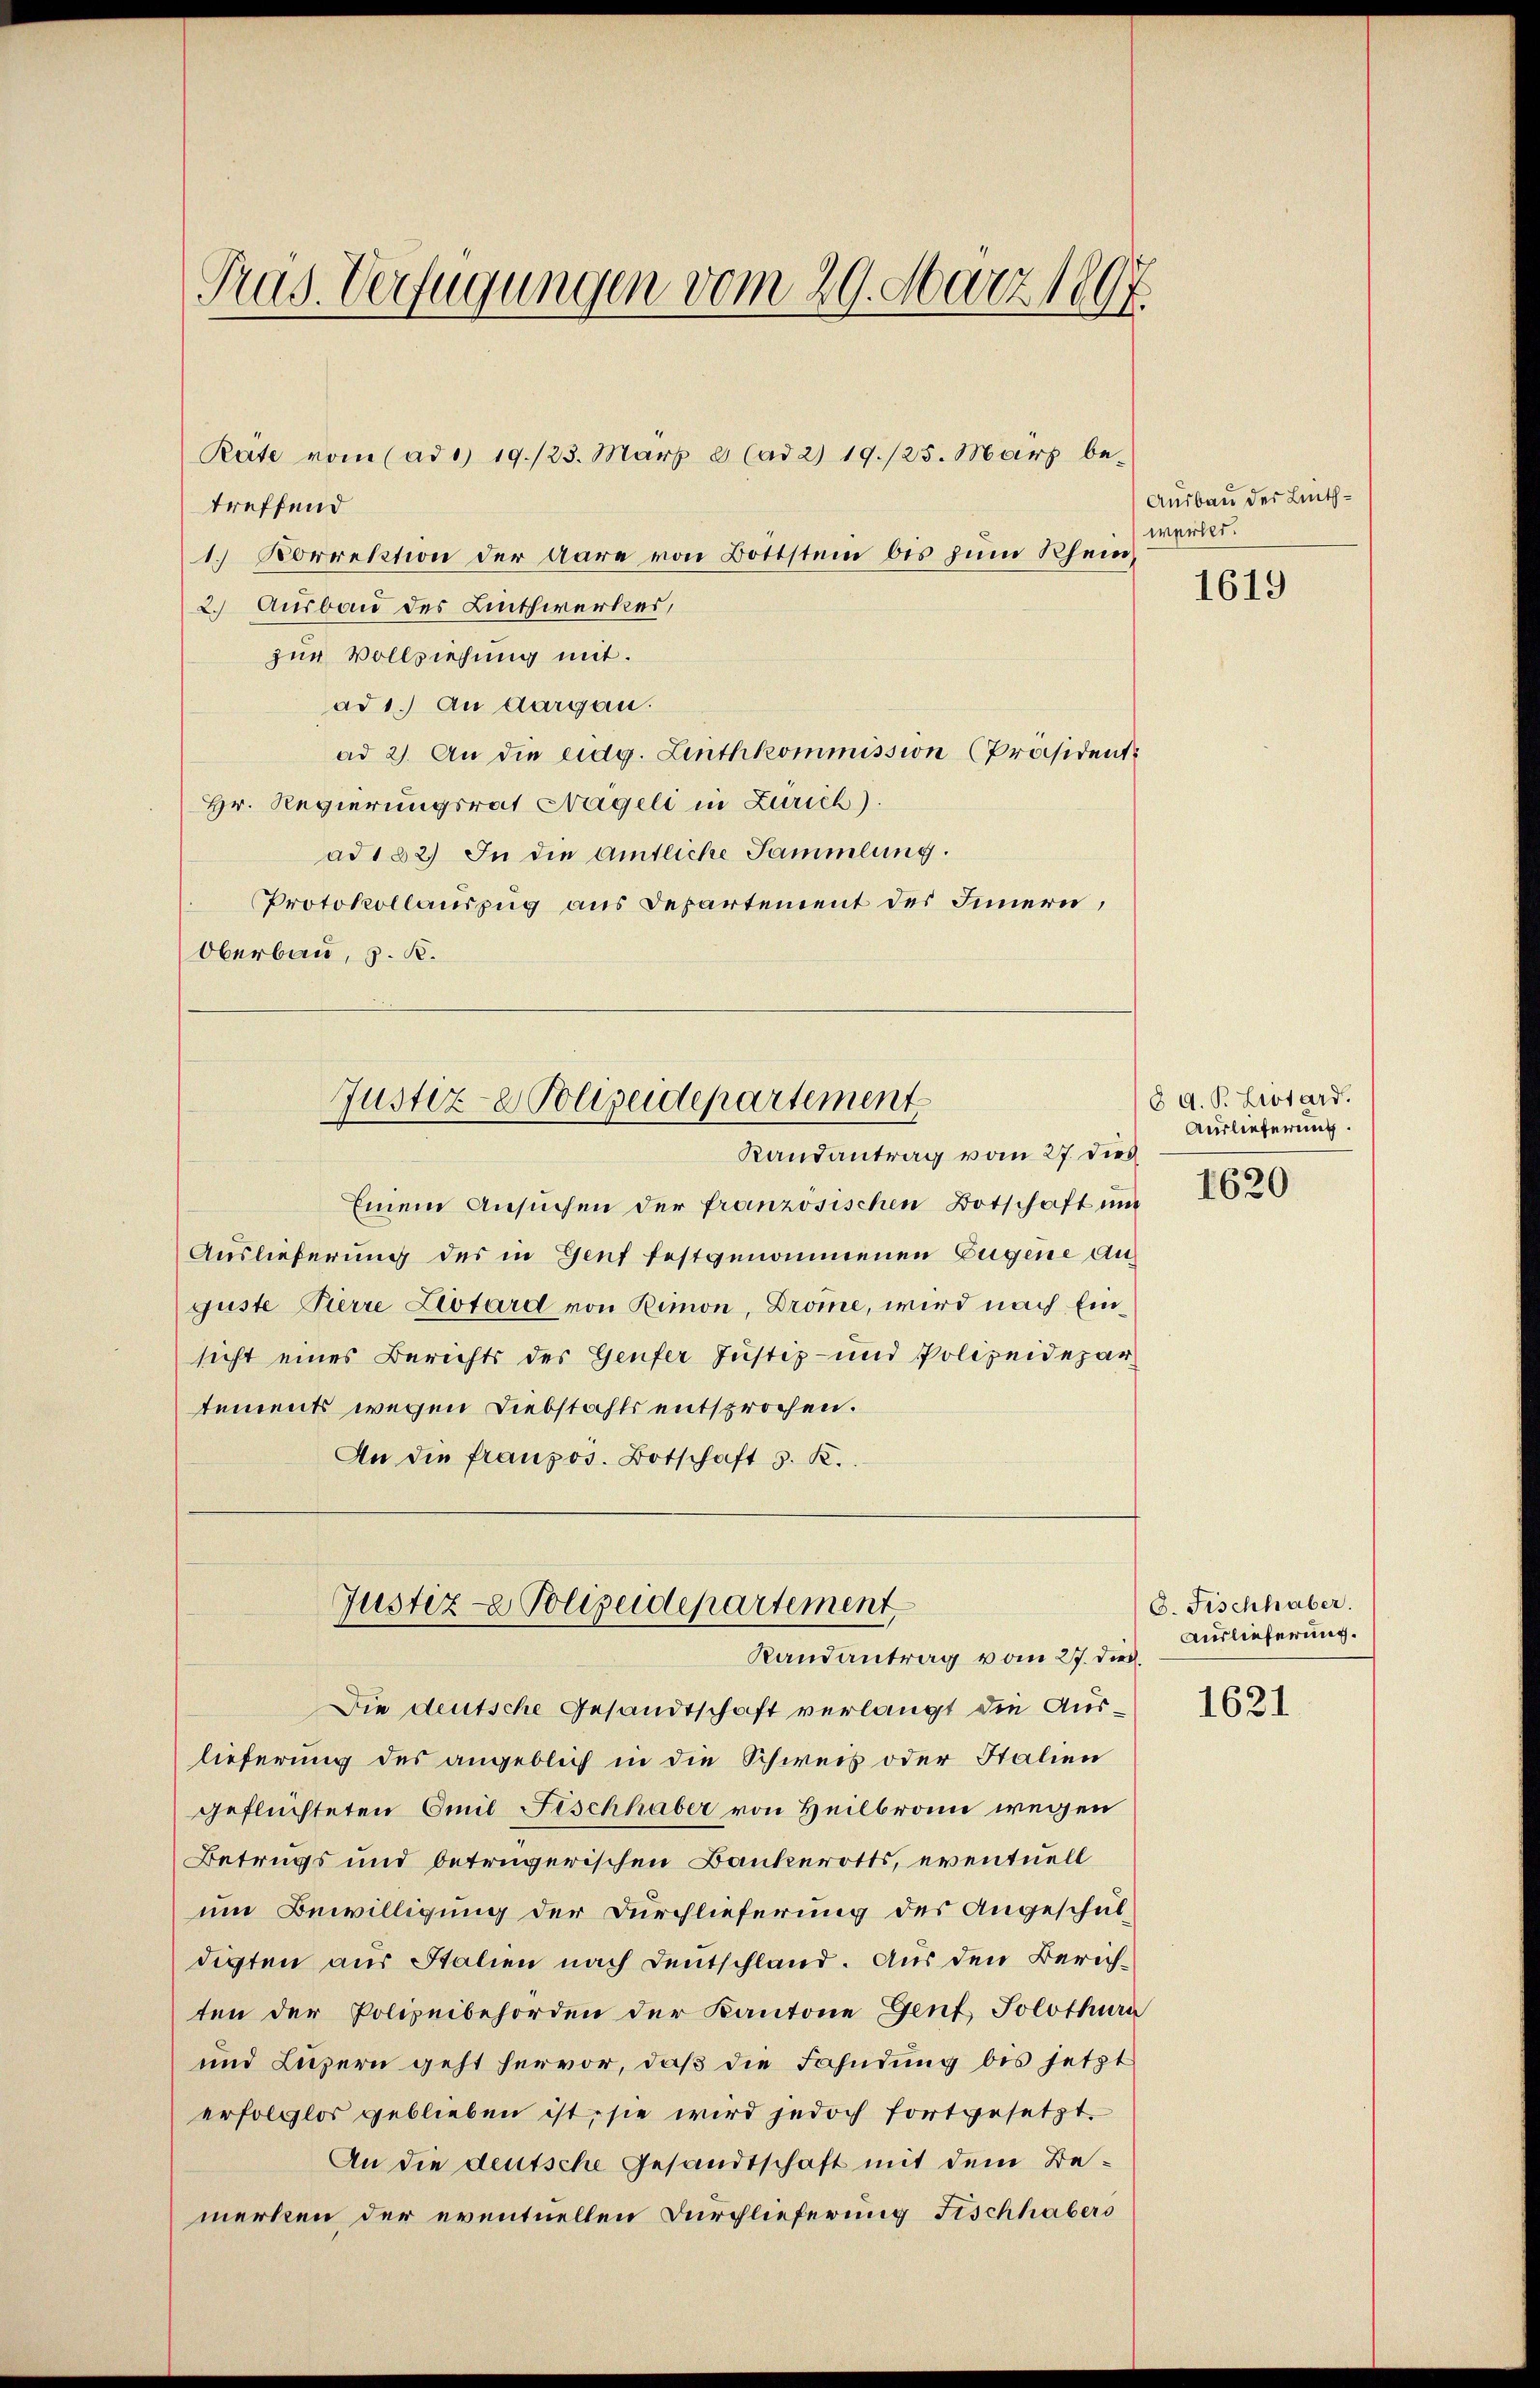
Pras. Verfügungen vom 29. März 1897.

treffend
1. Korrektion der Aare von Bottstein bis zum Rhein,
2.) Ausbau des Linthwerkes,
zur Vollziehung mit.
ad 1.) An dargau.
ad 2. An die eidg. Linthkommission (Präsident¬
Hr. Regierungsrat Nägeli in Zürich).
ad 182) In die Amtliche Sammlung.
Protokollauszug aus Departement des Innern,
Oberbau, z. K.
Justiz- & Polizeidepartement
Randantrag vom 27. dies
Einem Ansuchen der französischen Botschaft und
Auslieferung des in Genf festgenommenen Eugene Anguste Pierre Livtard von Rimon, Drome, wird nach Einsicht eines Berichts des Genfer Justiz- und Polizeidepar
tements wegen Diebstahls entsprochen.
An die franzos. Botschaft 3. K.

Rate vom (ad 1. 19./23. März 8 (ad 2) 19/25. März be-

Justiz- Polizeidepartement
Randantrag vom 27. dies

Die deutsche Gesandtschaft verlangt die Auslieferung des angeblich in die Schweis oder Stalien
geflüchteten Emil Fischhaber von Heilbronn wegen
Betrugs und betrügerischen Bankerotts, eventuell
um Bewilligung der Durchlieferung des Angeschul-
digten aus Stalien nach Deutschland. Aus den Zürichten der Polizeibehörden der Kantone Genf, Solothurn
und Luzern geht hervor, daß die Fahndung bis jetzt
erfolglos geblieben ist, sie wird jedoch fortgesetzt.
An die deutsche Gesandtschaft mit dem Bemerken der eventuellen Durchlieferung Fischhabers

Ausbau der Linthwerber.

1619

8 d. P. Lissard.
Auslieferung.
1620

O. Fischhaber.
Auslieferung.

1621